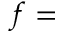
\mathnormal { f } =